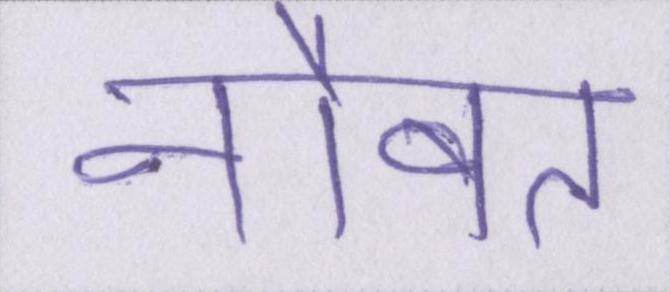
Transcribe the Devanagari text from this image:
नौबत